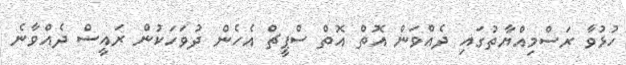
ހުޅުވާ ރަސްމިއްޔާތުގައި ދެއްވަން އޮތް އޮތް ސްޕީޗް އެހެން ދުވަހަކުން ރައީސް ދެއްވާނެ